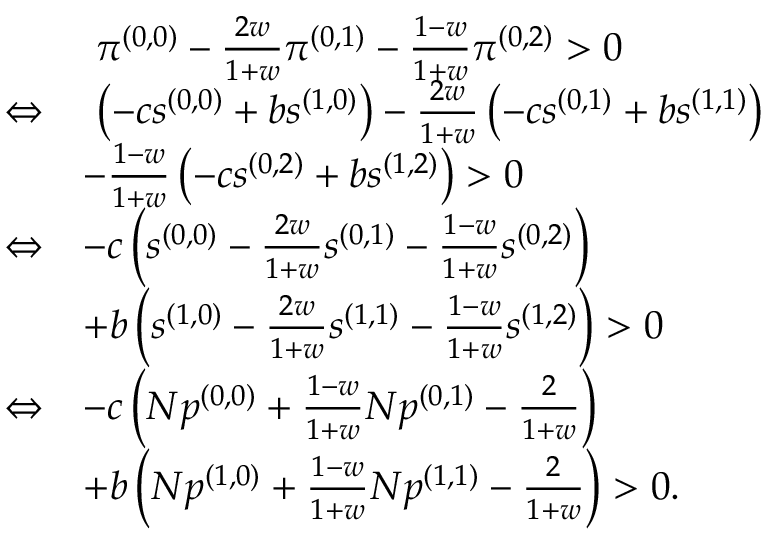
\begin{array} { r l } & { ~ \pi ^ { ( 0 , 0 ) } - \frac { 2 w } { 1 + w } \pi ^ { ( 0 , 1 ) } - \frac { 1 - w } { 1 + w } \pi ^ { ( 0 , 2 ) } > 0 } \\ { \Leftrightarrow } & { ~ \left( - c s ^ { ( 0 , 0 ) } + b s ^ { ( 1 , 0 ) } \right) - \frac { 2 w } { 1 + w } \left( - c s ^ { ( 0 , 1 ) } + b s ^ { ( 1 , 1 ) } \right) } \\ & { - \frac { 1 - w } { 1 + w } \left( - c s ^ { ( 0 , 2 ) } + b s ^ { ( 1 , 2 ) } \right) > 0 } \\ { \Leftrightarrow } & { - c \left( s ^ { ( 0 , 0 ) } - \frac { 2 w } { 1 + w } s ^ { ( 0 , 1 ) } - \frac { 1 - w } { 1 + w } s ^ { ( 0 , 2 ) } \right) } \\ & { + b \left( s ^ { ( 1 , 0 ) } - \frac { 2 w } { 1 + w } s ^ { ( 1 , 1 ) } - \frac { 1 - w } { 1 + w } s ^ { ( 1 , 2 ) } \right) > 0 } \\ { \Leftrightarrow } & { - c \left( N p ^ { ( 0 , 0 ) } + \frac { 1 - w } { 1 + w } N p ^ { ( 0 , 1 ) } - \frac { 2 } { 1 + w } \right) } \\ & { + b \left( N p ^ { ( 1 , 0 ) } + \frac { 1 - w } { 1 + w } N p ^ { ( 1 , 1 ) } - \frac { 2 } { 1 + w } \right) > 0 . } \end{array}